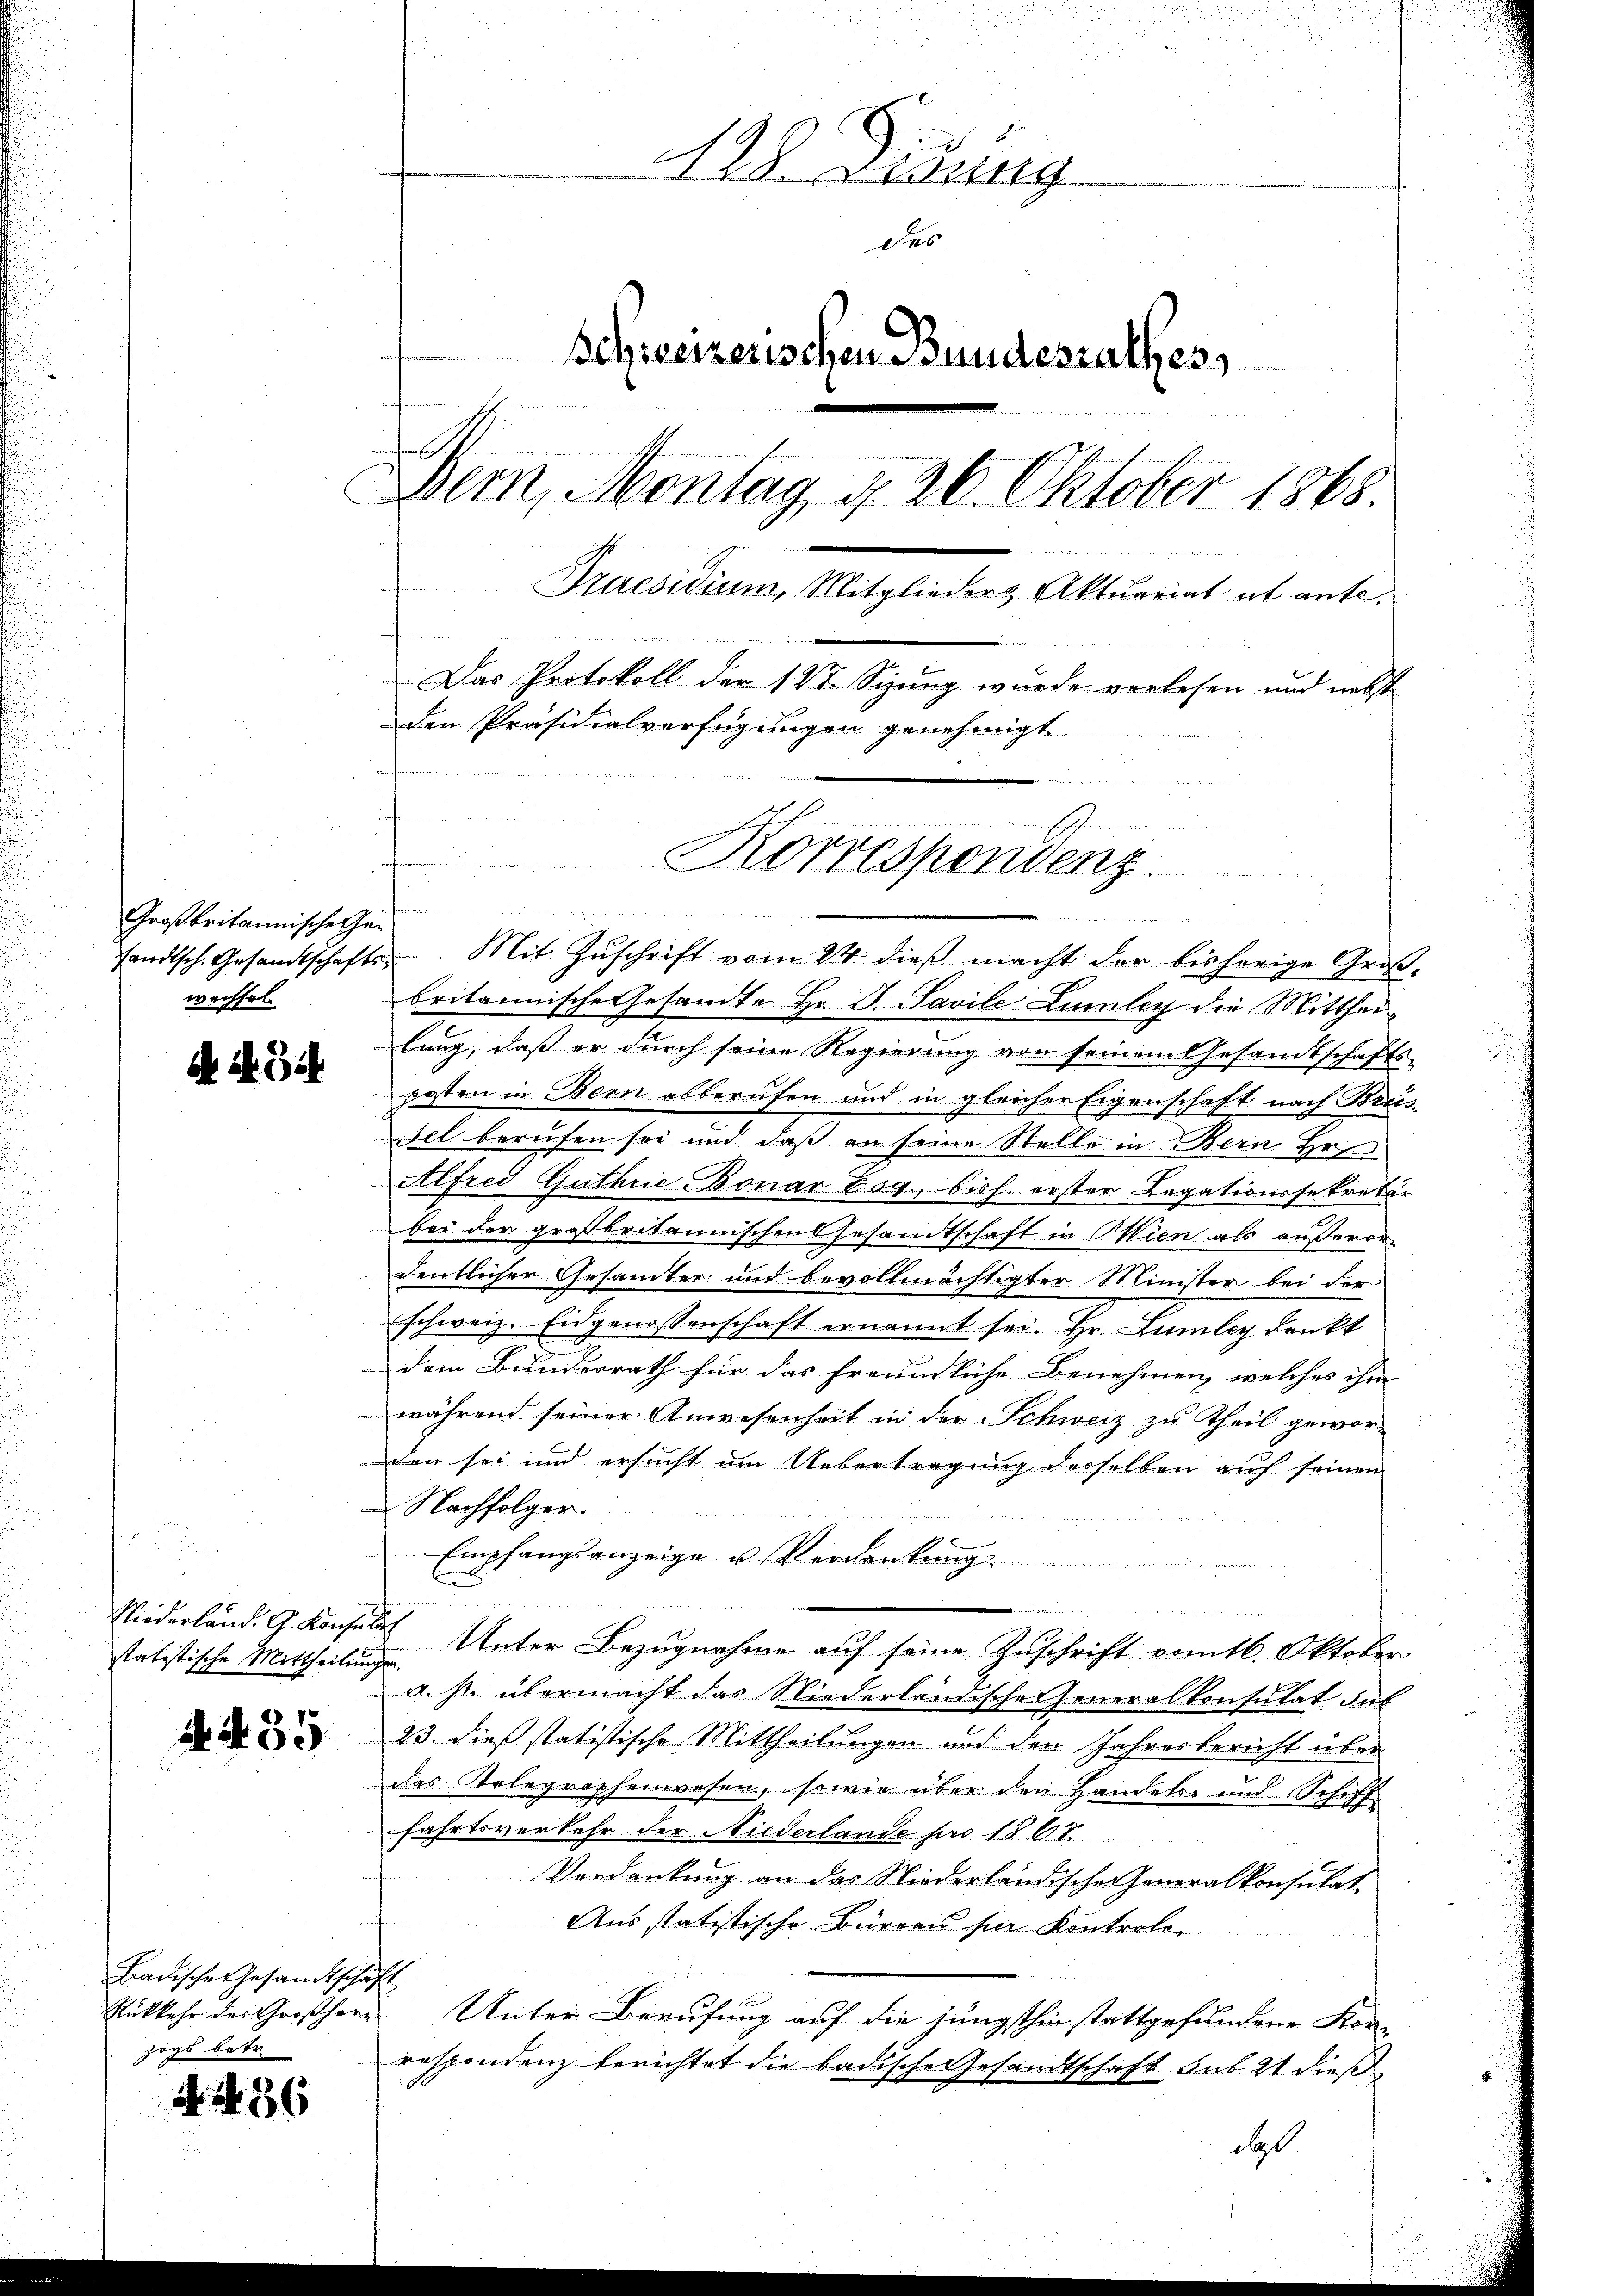
Großbritannische Zei
sandtsch. Gesandtschafts-
wechsel.

A u. i

statistische Mittheilungen.

A 435

Badischer Gesandtschäft
zogs betr.

86

128. Jung
Des
Schreizerischen Bundesrathes,
Bern, Montag, d. 26. Oktober 1868.
Praesidium, Mitglieder & Aktuariat et antes
 4
Das Protokoll der 147. Sizung wurde verlesen und nebst
den Präsidialverfügungen genehmigt
s
Korrespondenz.

de
Mit Zuschrift vom 24. dieß macht der bishörige Groß-
britannische Gesandte Hr. G. Savile Limley die Mittheibung, daß er durch seine Regierung von seinem Gesandtschafts-
posten in Bern abberufen und in gleicher Eigenschaft nach Breis¬
Fel berufen sei und daß an seine Stelle in Bern Ho
Alfred Guthrie Bonar Bog., bish. erster Legationssekretär
bei der großbritannischen Gesandtschaft in Wien als außerordentlicher Gesamter und bevollmächtigter Minister bei der
schweiz. Eidgenossenschaft ernannt sei. Hr. Lumley denkt
dem Bundesrath für das freundliche Benehmen, welches ihm
während seiner Anwesenheit in der Schweiz zu theil gewor-
den sei und ersucht um Uebertragung desselben auf seinen
Nachfolger.
Empfangsanzeige u. Verdankung.
s
E
e
n
Niederländ. G. Konfeld Unter Bezugnahme auf seine Zuschrift vom 6. Oktober
a. s. übermacht das Niederländische Generalkonsulat auf
23. dieß statistische Mittheilungen und den Jahresbericht über
das Telegraphenwesen, sowie über den Handels- und Schiff
fahrtsverkehr der Niederlande pro 1867.
Verdankung an das Niederländischen Generalkonsulat.
Ausstatistische Büreau für Kontrolo¬
Rükkehr des Großherr Unter Berufung auf die jüngsthin stattgefundene Kon-
raspondenz berichtet die badische Gesandtschaft sub 21 dieß
daß

.

Bessen beidet werden Wilde